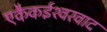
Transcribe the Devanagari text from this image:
एकैकईश्‍वरवाद